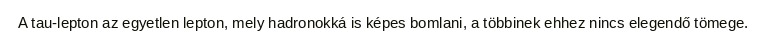
A tau-lepton az egyetlen lepton, mely hadronokká is képes bomlani, a többinek ehhez nincs elegendő tömege.